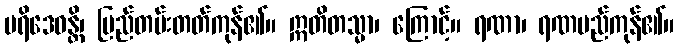
ပရိဒေဝန္တိ၊ မြည်တမ်းတတ်ကုန်၏။ ဣတိတသ္မာ၊ ကြောင့်။ ရဏာ၊ ရဏမည်ကုန်၏။